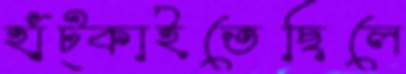
হাঁট্‌কাইতেছিলে